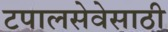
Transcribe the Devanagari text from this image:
टपालसेवेसाठी